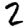
Digit: 2